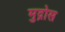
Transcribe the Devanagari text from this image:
मुद्रोस